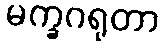
မက္ခဂရုတာ